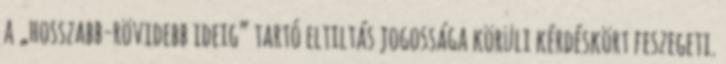
a „hosszabb-rövidebb ideig” tartó eltiltás jogossága körüli kérdéskört feszegeti.